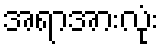
အရာအားလုံး